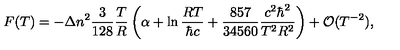
F ( T ) = - \Delta n ^ { 2 } \frac { 3 } { 1 2 8 } \frac { T } { R } \left( \alpha + \ln \frac { R T } { \hbar c } + \frac { 8 5 7 } { 3 4 5 6 0 } \frac { c ^ { 2 } \hbar ^ { 2 } } { T ^ { 2 } R ^ { 2 } } \right) + { \cal O } ( T ^ { - 2 } ) { , }